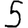
Digit: 5